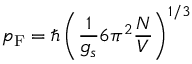
p _ { \mathrm { F } } = \hbar \left( { \frac { 1 } { g _ { s } } } 6 \pi ^ { 2 } { \frac { N } { V } } \right) ^ { 1 / 3 }